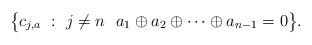
LaTeX: \begin{align*}\big\{c_{j, a}~:~j \neq n~~a_1 \oplus a_2 \oplus \cdots \oplus a_{n - 1} = 0\big\}.\end{align*}